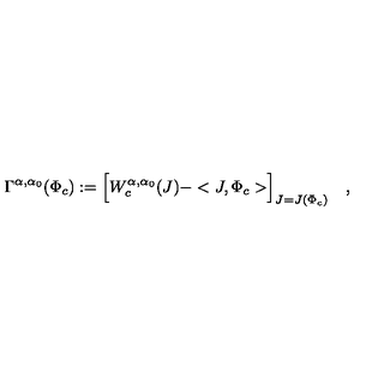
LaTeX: \Gamma ^ { \alpha , \alpha _ { 0 } } ( \Phi _ { c } ) : = \Bigl [ W _ { c } ^ { \alpha , \alpha _ { 0 } } ( J ) - < J , \Phi _ { c } > \Bigr ] _ { J = J ( \Phi _ { c } ) } \quad ,